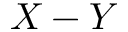
X - Y